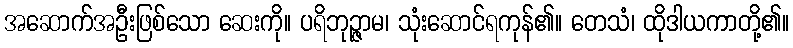
အဆောက်အဦးဖြစ်သော ဆေးကို။ ပရိဘုဉ္ဇာမ၊ သုံးဆောင်ရကုန်၏။ တေသံ၊ ထိုဒါယကာတို့၏။